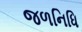
જળનિધિ